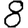
Digit: 8